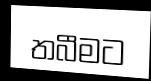
තබීමට